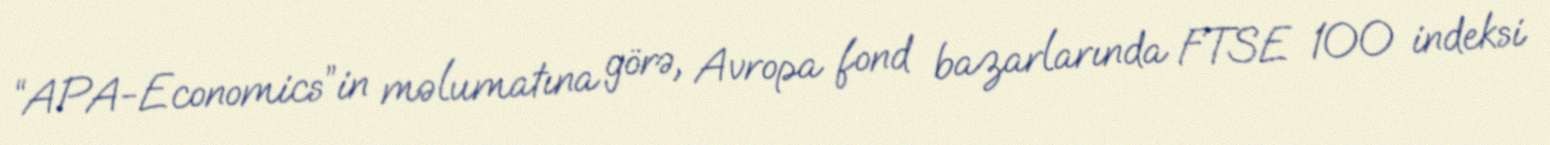
“APA-Economics”in məlumatına görə, Avropa fond bazarlarında FTSE 100 indeksi